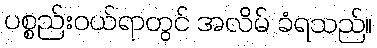
ပစ္စည်းဝယ်ရာတွင် အလိမ် ခံရသည်။